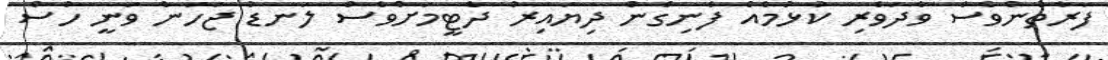
ފަރާތުންވެސް ވާދަވެރި ކުޅުމެއް ފެނިގެން ދިޔައިރު ދެޓީމަށްވެސް ލަނޑު ޖަހަން ވަނީ ހުސް